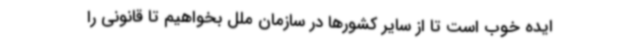
ایده خوب است تا از سایر کشورها در سازمان ملل بخواهیم تا قانونی را